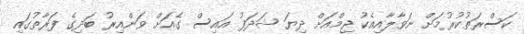
ކަސްރަތުކުރުމަށް ނަވާލާއިއެކު ޖިމްއަށް ދިޔަ ޝަދަފު އައިސް ގެއަށް ވަންއިރު ބަދިގެ ފަރާތުގައި